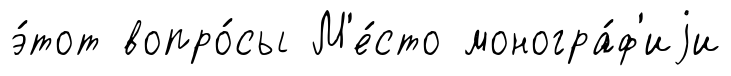
э́тот вопро́сы М'е́сто моногра́ф'иjи